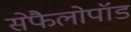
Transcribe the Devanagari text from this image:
सेफैलोपॉड